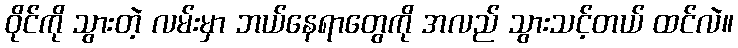
ဝိုင်ကို သွားတဲ့ လမ်းမှာ ဘယ်နေရာတွေကို အလည် သွားသင့်တယ် ထင်လဲ။